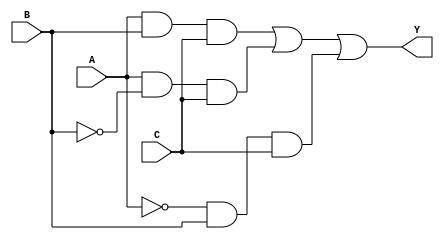
module SOP_Simplification(
    input wire A,         // Input A
    input wire B,         // Input B
    input wire C,         // Input C
    output wire Y         // Output Y (simplified SOP)
);

// Define the minterms for which the output should be high
// For example, let's say the desired minterms are 1, 2, 5, and 7:
// Minterm 1 (001): A'B'C
// Minterm 2 (010): A'BC'
// Minterm 5 (101): AB'C
// Minterm 7 (111): ABC
// These minterms simplify to the following SOP: Y = B'C + AB + AC

// Simplified SOP expression (example)
assign Y = (A & B & C) | (A & ~B & C) | (~A & B & C); // A'B'C + AB'C + ABC

endmodule